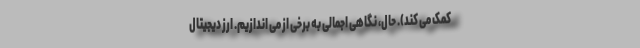
کمک می کند). حال، نگاهی اجمالی به برخی از می اندازیم. ارز دیجیتال